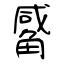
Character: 觱